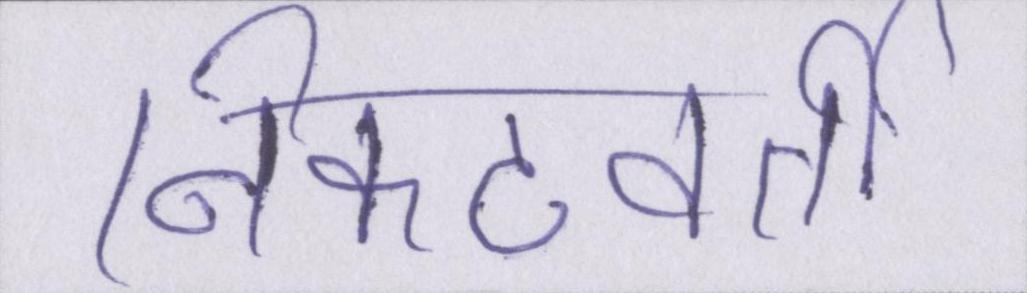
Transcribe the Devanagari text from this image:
निकटवर्ती